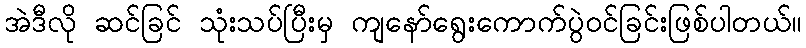
အဲဒီလို ဆင်ခြင် သုံးသပ်ပြီးမှ ကျနော်ရွေးကောက်ပွဲဝင်ခြင်းဖြစ်ပါတယ်။